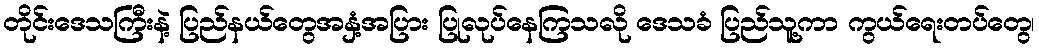
တိုင်းဒေသကြီးနဲ့ ပြည်နယ်တွေအနှံ့အပြား ပြုလုပ်နေကြသလို ဒေသခံ ပြည်သူ့ကာ ကွယ်ရေးတပ်တွေ၊